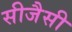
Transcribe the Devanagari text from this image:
सीजैसी